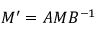
M ^ { \prime } = A M B ^ { - 1 }